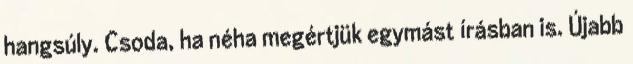
hangsúly. Csoda, ha néha megértjük egymást írásban is. Újabb